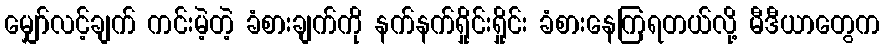
မျှော်လင့်ချက် ကင်းမဲ့တဲ့ ခံစားချက်ကို နက်နက်ရှိုင်းရှိုင်း ခံစားနေကြရတယ်လို့ မီဒီယာတွေက